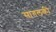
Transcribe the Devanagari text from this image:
सांगलकी